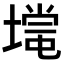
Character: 𡐃